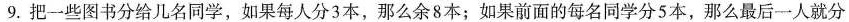
9.把一些图书分给几名同学，如果每人分3本，那么余8本；如果前面的每名同学分5本，那么最后一人就分